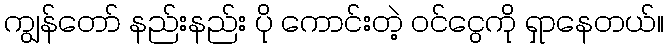
ကျွန်တော် နည်းနည်း ပို ကောင်းတဲ့ ဝင်ငွေကို ရှာနေတယ်။